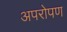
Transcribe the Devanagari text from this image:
अपरोपण